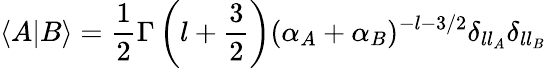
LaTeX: \langle A|B\rangle=\frac{1}{2}\Gamma\left(l+\frac{3}{2}\right)(\alpha_{A}+\alpha_{B})^{-l-3/2}\delta_{ll_{A}}\delta_{ll_{B}}